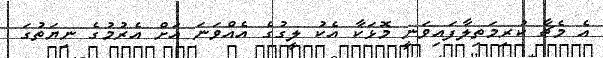
އެ މެޗާ ކުރިމަތިލާފައިވަނީ މޮޅަކާ އެކު ލީގުގެ އެއްވަނަ އަށް އެރުމުގެ ނިޔަތުގަ